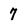
Character: 7